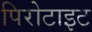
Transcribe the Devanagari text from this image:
पिरोटाइट